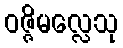
ဝဇ္ဇိမလ္လေသု